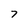
Character: 7